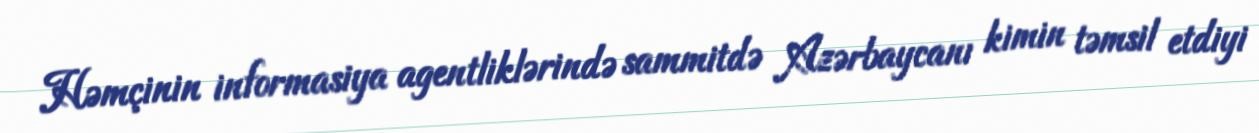
Həmçinin informasiya agentliklərində sammitdə Azərbaycanı kimin təmsil etdiyi